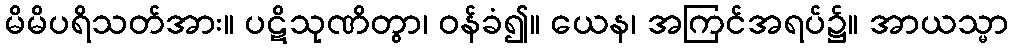
မိမိပရိသတ်အား။ ပဋိသုဏိတွာ၊ ဝန်ခံ၍။ ယေန၊ အကြင်အရပ်၌။ အာယသ္မာ